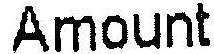
AMOUT